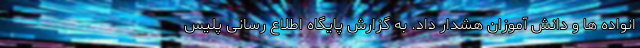
انواده ها و دانش آموزان هشدار داد. به گزارش پایگاه اطلاع رسانی پلیس